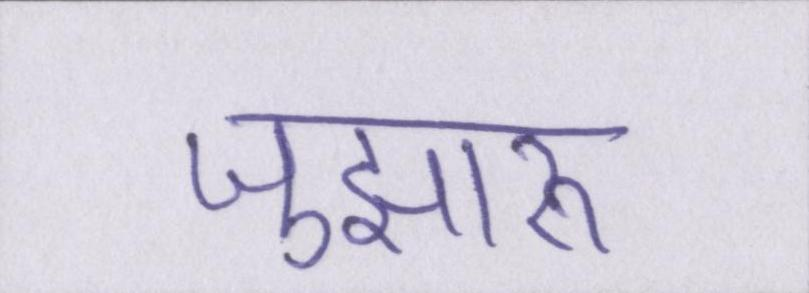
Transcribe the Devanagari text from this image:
जुझारू